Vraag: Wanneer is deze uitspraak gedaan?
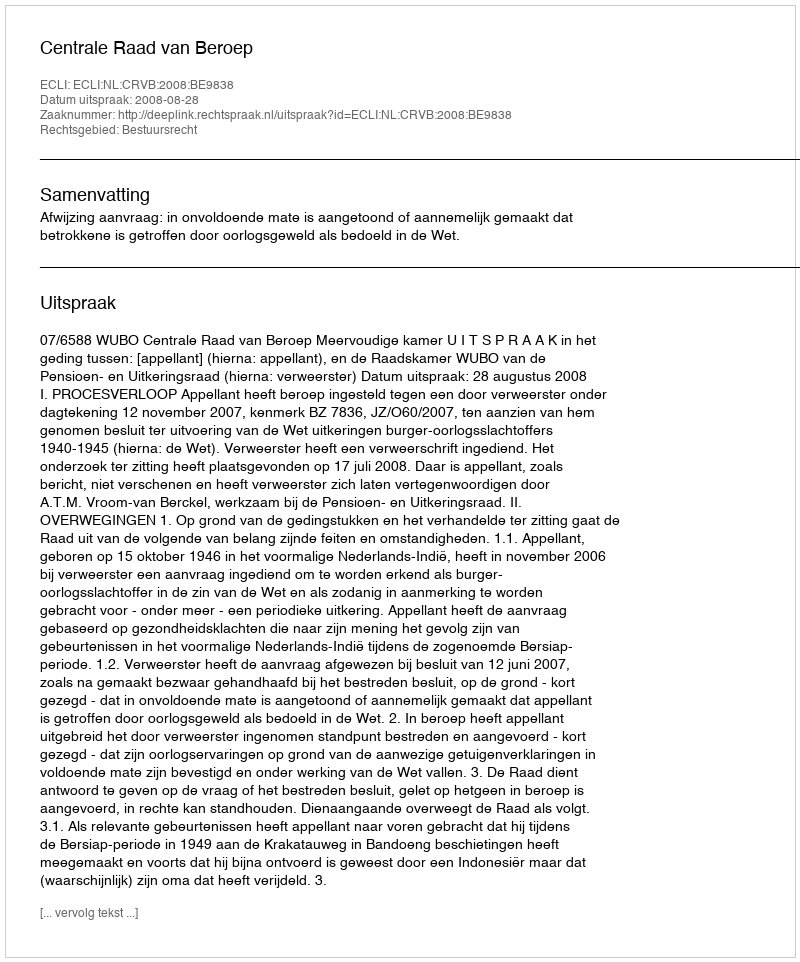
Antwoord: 2008-08-28